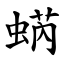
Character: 蜹